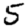
Digit: 5